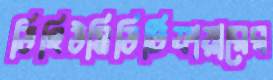
ডিহিউমিডিটিফায়ারের